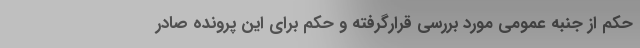
حکم از جنبه عمومی مورد بررسی قرارگرفته و حکم برای این پرونده صادر